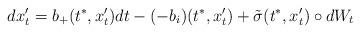
LaTeX: \begin{align*}dx_t^\prime= b_+(t^*,x_t^\prime)dt-(-b_i)(t^*,x_t^\prime)+\tilde\sigma(t^*,x_t^\prime)\circ d W_t\end{align*}